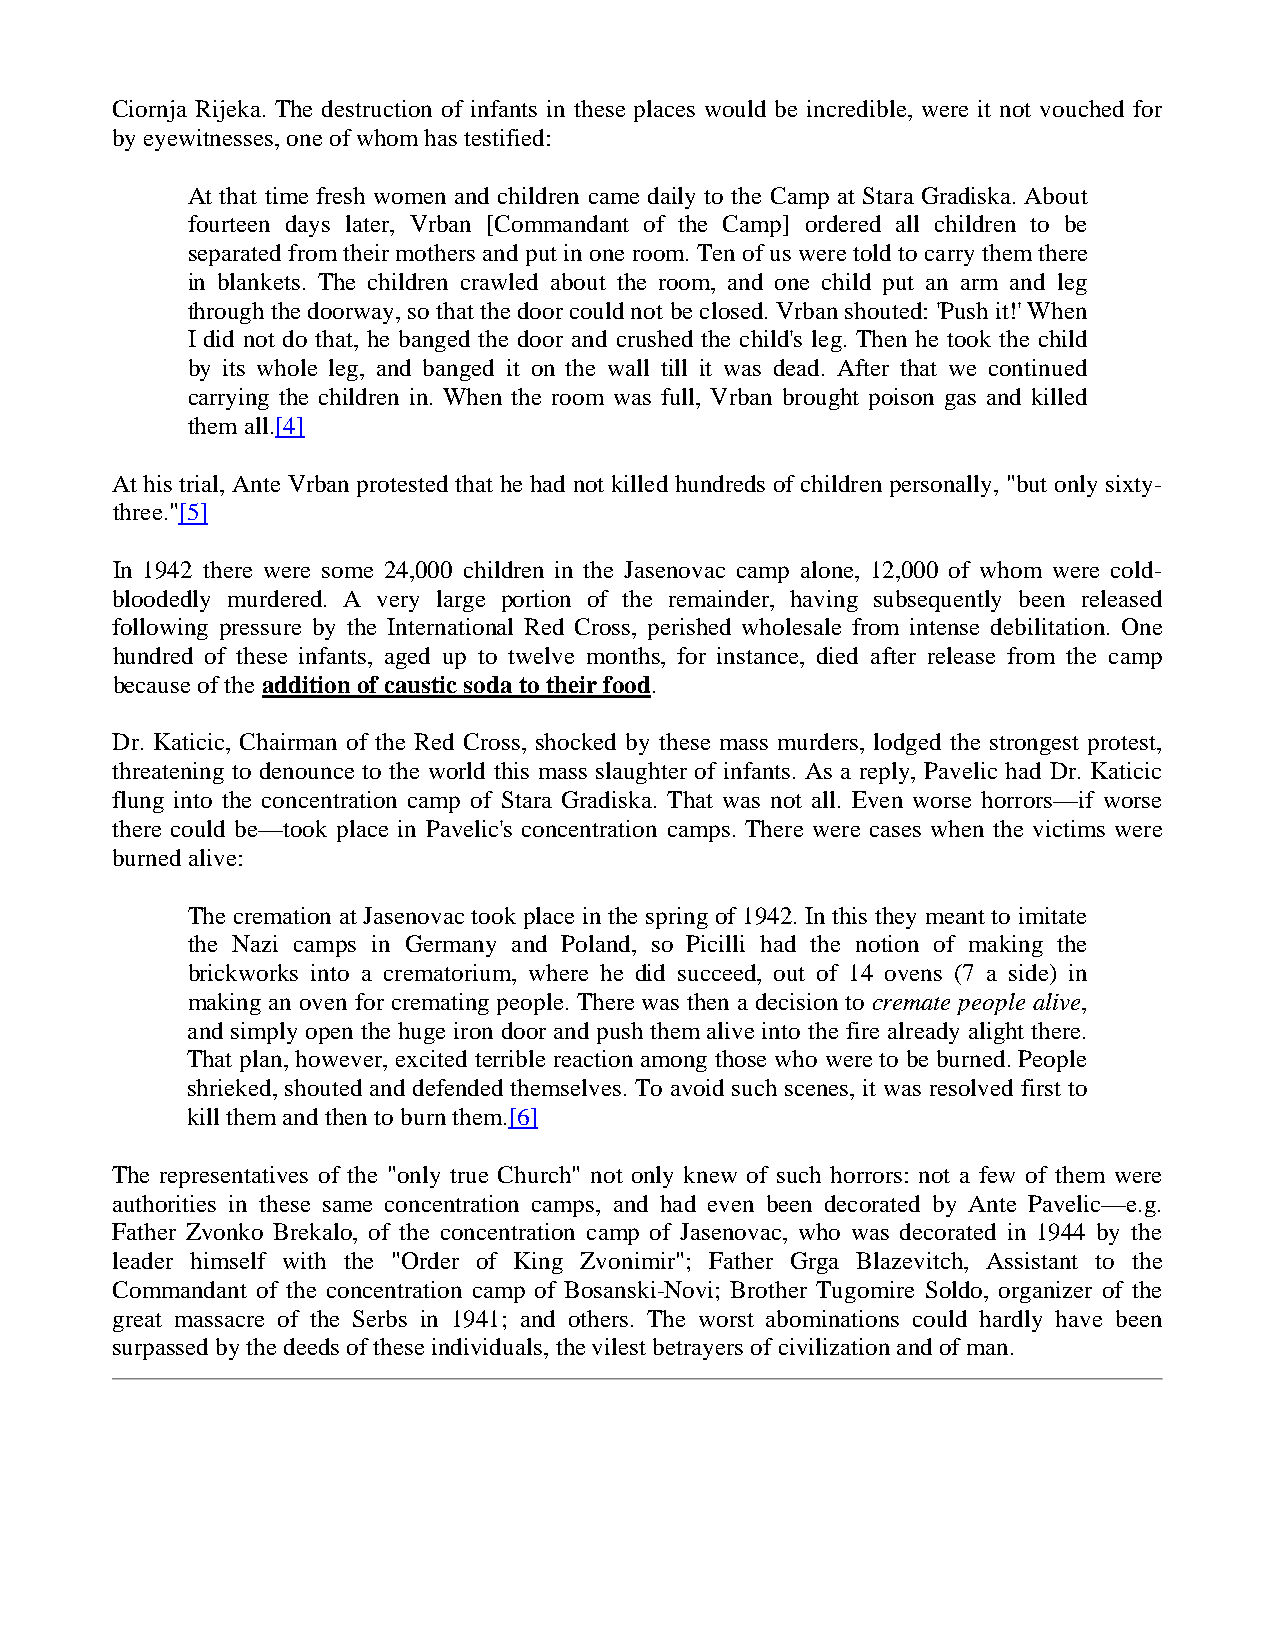
Ciornja Rijeka. The destruction of infants in these places would be incredible, were it not vouched for
 by eyewitnesses, one of whom has testified:
 At that time fresh women and children came daily to the Camp at Stara Gradiska. About
 fourteen days later, Vrban [Commandant of the Camp] ordered all children to be
 separated from their mothers and put in one room. Ten of us were told to carry them there
 in blankets. The children crawled about the room, and one child put an arm and leg
 through the doorway, so that the door could not be closed. Vrban shouted: 'Push it!' When
 I did not do that, he banged the door and crushed the child's leg. Then he took the child
 by its whole leg, and banged it on the wall till it was dead. After that we continued
 carrying the children in. When the room was full, Vrban brought poison gas and killed
 them all.[4]
 At his trial, Ante Vrban protested that he had not killed hundreds of children personally, "but only sixty-
 three."[5]
 In 1942 there were some 24,000 children in the Jasenovac camp alone, 12,000 of whom were cold-
 bloodedly murdered. A very large portion of the remainder, having subsequently been released
 following pressure by the International Red Cross, perished wholesale from intense debilitation. One
 hundred of these infants, aged up to twelve months, for instance, died after release from the camp
 because of the addition of caustic soda to their food.
 Dr. Katicic, Chairman of the Red Cross, shocked by these mass murders, lodged the strongest protest,
 threatening to denounce to the world this mass slaughter of infants. As a reply, Pavelic had Dr. Katicic
 flung into the concentration camp of Stara Gradiska. That was not all. Even worse horrors—if worse
 there could be—took place in Pavelic's concentration camps. There were cases when the victims were
 burned alive:
 The cremation at Jasenovac took place in the spring of 1942. In this they meant to imitate
 the Nazi camps in Germany and Poland, so Picilli had the notion of making the
 brickworks into a crematorium, where he did succeed, out of 14 ovens (7 a side) in
 making an oven for cremating people. There was then a decision to cremate people alive,
 and simply open the huge iron door and push them alive into the fire already alight there.
 That plan, however, excited terrible reaction among those who were to be burned. People
 shrieked, shouted and defended themselves. To avoid such scenes, it was resolved first to
 kill them and then to burn them.[6]
 The representatives of the "only true Church" not only knew of such horrors: not a few of them were
 authorities in these same concentration camps, and had even been decorated by Ante Pavelic—e.g.
 Father Zvonko Brekalo, of the concentration camp of Jasenovac, who was decorated in 1944 by the
 leader himself with the "Order of King Zvonimir"; Father Grga Blazevitch, Assistant to the
 Commandant of the concentration camp of Bosanski-Novi; Brother Tugomire Soldo, organizer of the
 great massacre of the Serbs in 1941; and others. The worst abominations could hardly have been
 surpassed by the deeds of these individuals, the vilest betrayers of civilization and of man.